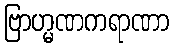
ဗြာဟ္မဏကရာဏာ